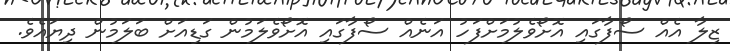
ޒިލާ އެއް ސޯފާގައި އޮށޯވެލުމަށްފަހު އަނެއް ސޯފާގައި އޮށޯވެލަމުން ގަޑިއަށް ބަލަމުން ދިޔައެވެ.